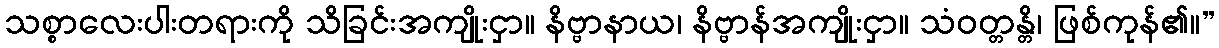
သစ္စာလေးပါးတရားကို သိခြင်းအကျိုးငှာ။ နိဗ္ဗာနာယ၊ နိဗ္ဗာန်အကျိုးငှာ။ သံဝတ္တန္တိ၊ ဖြစ်ကုန်၏။”